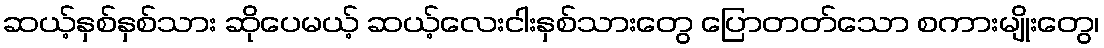
ဆယ့်နှစ်နှစ်သား ဆိုပေမယ့် ဆယ့်လေးငါးနှစ်သားတွေ ပြောတတ်သော စကားမျိုးတွေ၊